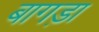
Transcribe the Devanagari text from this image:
बागड़ा